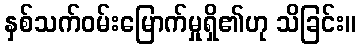
နှစ်သက်ဝမ်းမြောက်မှုရှိ၏ဟု သိခြင်း။